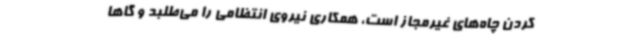
کردن چاه‌های غیرمجاز است، همکاری نیروی انتظامی را می‌طلبد و گاهاً